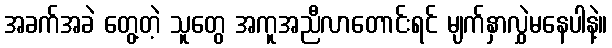
အခက်အခဲ တွေ့တဲ့ သူတွေ အကူအညီလာတောင်းရင် မျက်နှာလွှဲမနေပါနဲ့။